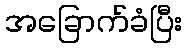
အခြောက်ခံပြီး